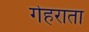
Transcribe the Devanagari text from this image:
गेहराता